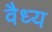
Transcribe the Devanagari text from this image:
वैध्य